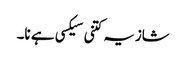
شازیہ کتنی سیکسی ہے نا۔